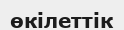
өкілеттік